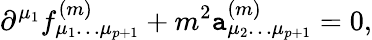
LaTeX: \partial^{\mu_{1}}f_{\mu_{1}\dots\mu_{p+1}}^{(m)}+m^{2}\mathtt{a}_{\mu_{2}\dots\mu_{p+1}}^{(m)}=0,